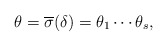
\begin{align*}\theta=\overline{\sigma}(\delta)=\theta_1 \cdots \theta_s, \end{align*}